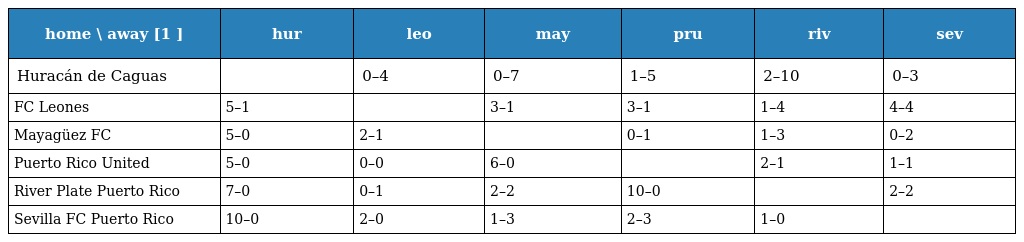
| home \ away [1 ] | hur | leo | may | pru | riv | sev |
 | --- | --- | --- | --- | --- | --- | --- |
 | Huracán de Caguas |  | 0–4 | 0–7 | 1–5 | 2–10 | 0–3 |
 | FC Leones | 5–1 |  | 3–1 | 3–1 | 1–4 | 4–4 |
 | Mayagüez FC | 5–0 | 2–1 |  | 0–1 | 1–3 | 0–2 |
 | Puerto Rico United | 5–0 | 0–0 | 6–0 |  | 2–1 | 1–1 |
 | River Plate Puerto Rico | 7–0 | 0–1 | 2–2 | 10–0 |  | 2–2 |
 | Sevilla FC Puerto Rico | 10–0 | 2–0 | 1–3 | 2–3 | 1–0 |  |